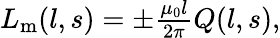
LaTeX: \begin{array}{r}{L_{\mathrm{m}}(l,s)=\pm\frac{\mu_{0}l}{2\pi}Q(l,s),}\end{array}